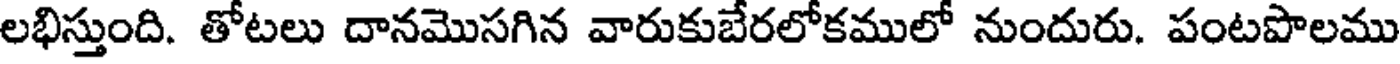
లభిస్తుంది. తోటలు దానమొసగిన వారుకుబేరలోకములో నుందురు. పంటపొలము